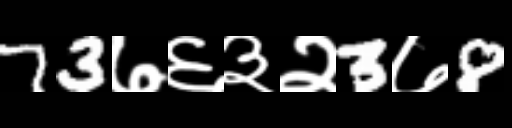
Text: 73७६३२3७8